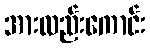
အားလည်းကောင်း